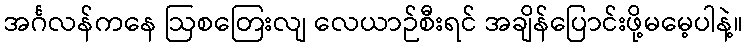
အင်္ဂလန်ကနေ ဩစတြေးလျ လေယာဉ်စီးရင် အချိန်ပြောင်းဖို့မမေ့ပါနဲ့။